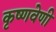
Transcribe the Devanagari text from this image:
कृष्णवेणी